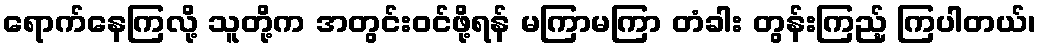
ရောက်နေကြလို့ သူတို့က အတွင်းဝင်ဖို့ရန် မကြာမကြာ တံခါး တွန်းကြည့် ကြပါတယ်၊